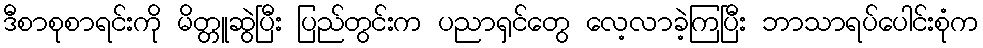
ဒီစာစုစာရင်းကို မိတ္တူဆွဲပြီး ပြည်တွင်းက ပညာရှင်တွေ လေ့လာခဲ့ကြပြီး ဘာသာရပ်ပေါင်းစုံက